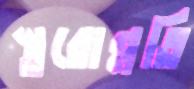
স্তরোন্নতি